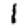
Digit: 1